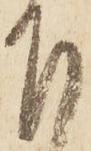
下